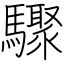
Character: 驟